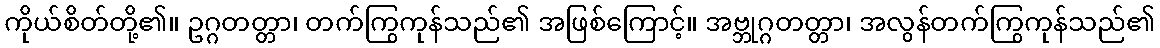
ကိုယ်စိတ်တို့၏။ ဥဂ္ဂတတ္တာ၊ တက်ကြွကုန်သည်၏ အဖြစ်ကြောင့်။ အဗ္ဘုဂ္ဂတတ္တာ၊ အလွန်တက်ကြွကုန်သည်၏